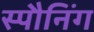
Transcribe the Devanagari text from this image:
स्पौनिंग